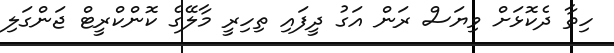
ހިތާ ދެކޮޅަށް ވިޔަސް ރަން އަގު ދީފައި ތިހިރީ މާލޭގެ ކޮންކްރީޓް ޖަންގަލި